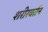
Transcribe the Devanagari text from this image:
शरीरवर्तन